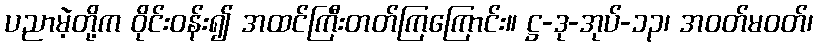
ပညာမဲ့တို့က ဝိုင်းဝန်း၍ အထင်ကြီးတတ်ကြကြောင်း။ ဋ္ဌ-ဒု-အုပ်-၁၃၊ အဝတ်မဝတ်၊